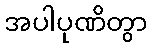
အပါပုဏိတွာ